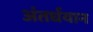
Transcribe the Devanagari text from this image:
अंतर्धयान